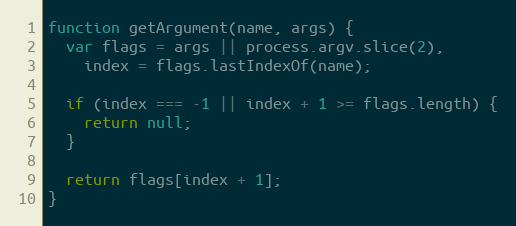
Language: JavaScript
function getArgument(name, args) {
  var flags = args || process.argv.slice(2),
    index = flags.lastIndexOf(name);

  if (index === -1 || index + 1 >= flags.length) {
    return null;
  }

  return flags[index + 1];
}